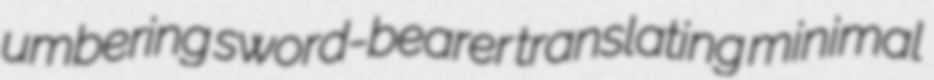
umbering sword-bearer translating minimal